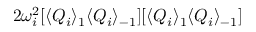
2 \omega _ { i } ^ { 2 } [ \langle Q _ { i } \rangle _ { 1 } \langle Q _ { i } \rangle _ { - 1 } ] [ \langle Q _ { i } \rangle _ { 1 } \langle Q _ { i } \rangle _ { - 1 } ]